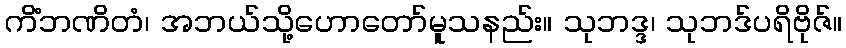
ကိံဘဏိတံ၊ အဘယ်သို့ဟောတော်မူသနည်း။ သုဘဒ္ဒ၊ သုဘဒ်ပရိဗိုဇ်။